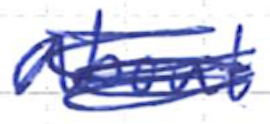
Text: about
Cross-out: mix
Writing tool: ballpoint